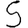
Digit: 5